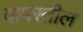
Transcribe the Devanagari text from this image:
वापरतील